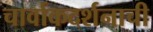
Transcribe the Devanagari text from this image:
चार्वाकदर्शनाची